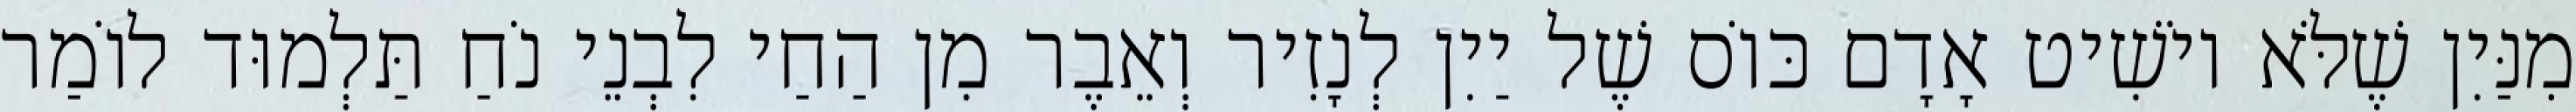
מִנַּיִן שֶׁלֹּא יוֹשִׁיט אָדָם כּוֹס שֶׁל יַיִן לְנָזִיר וְאֵבֶר מִן הַחַי לִבְנֵי נֹחַ תַּלְמוּד לוֹמַר